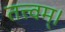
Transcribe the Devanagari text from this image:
तत्त्वम्।